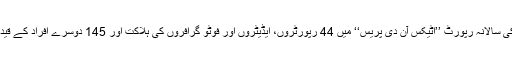
دی کمیٹی ٹو پروٹیکٹ جرنلسٹس کی سالانہ رپورٹ ’’اٹیکس آن دی پریس‘‘ میں 44 رپورٹروں، ایڈیٹروں اور فوٹو گرافروں کی ہلاکت اور 145 دوسرے افراد کے قید کیئے جانے کے واقعات درج ہیں۔